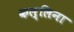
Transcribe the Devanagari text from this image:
कल्लिना